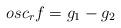
LaTeX: \begin{align*}osc_r f = g_1 - g_2\end{align*}